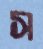
স